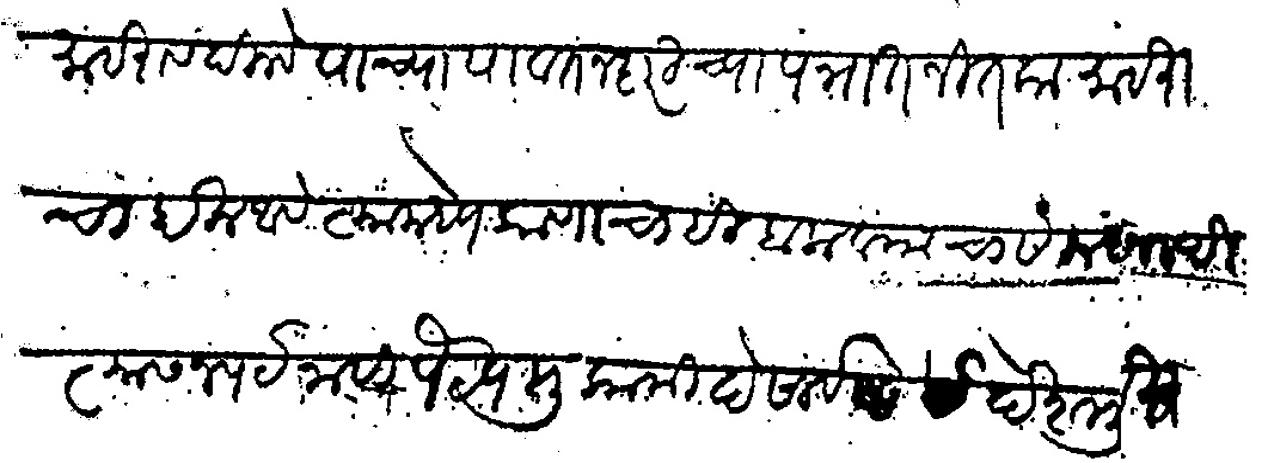
Transliteration (Devanagari): माहारास दिल्हे याच्या या वतनदारीच्या पत्रांत जितका माहराचा हाक आहे त्यामध्ये कोणाचाही बोलावयाचा संबंध नाही त्यास न्यये नाही पैठण मुकामी देसाई देशमुख